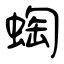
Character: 蜪